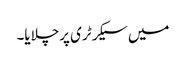
میں سیکرٹری پرچلایا۔